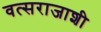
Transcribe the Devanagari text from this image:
वत्सराजाशी